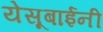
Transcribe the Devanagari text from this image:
येसूबाईनी